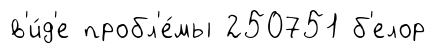
в'и́д'е пробл'е́мы 250751 б'елор